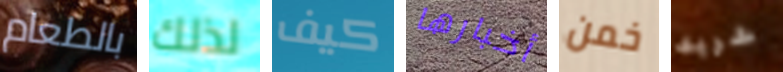
بالطعام لذلك كيف أخبارها خمن شريك